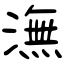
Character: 潕